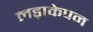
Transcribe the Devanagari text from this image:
लड़ाकेपन